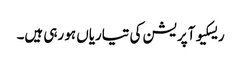
ریسکیو آپریشن کی تیاریاں ہو رہی ہیں۔